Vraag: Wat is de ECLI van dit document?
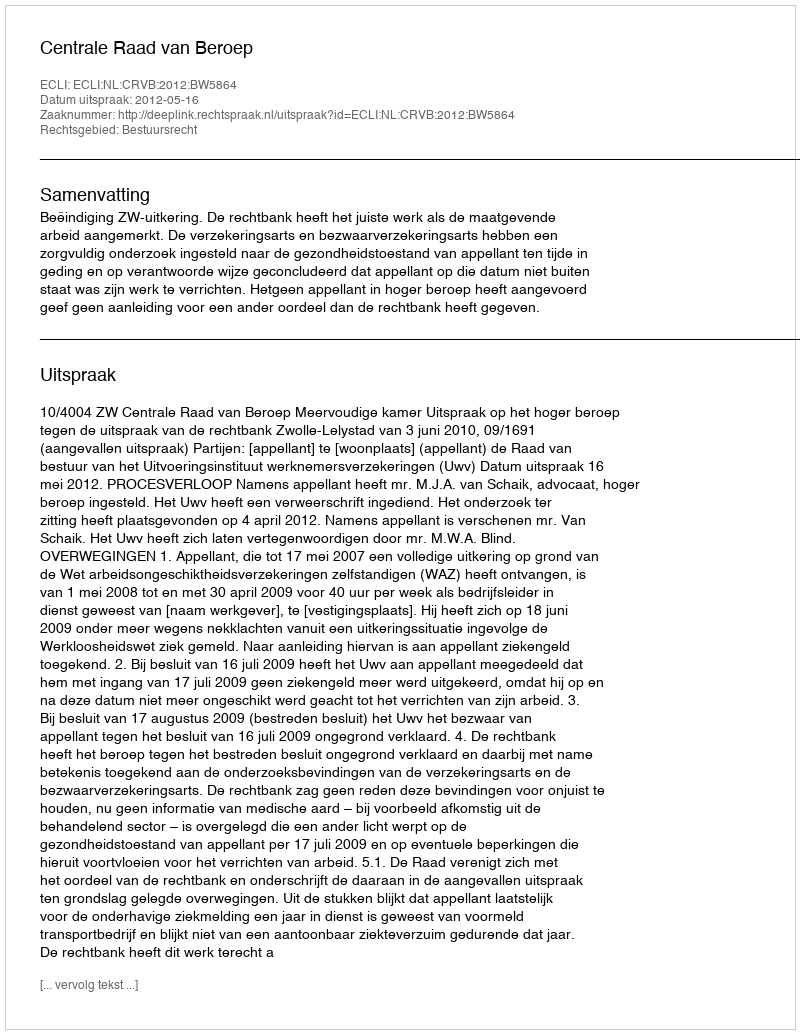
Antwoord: ECLI:NL:CRVB:2012:BW5864